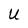
Character: U